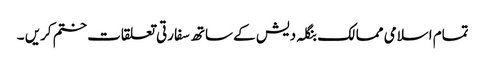
تمام اسلامی ممالک بنگلہ دیش کے ساتھ سفارتی تعلقات ختم کریں ۔